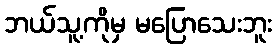
ဘယ်သူ့ကိုမှ မပြောသေးဘူး